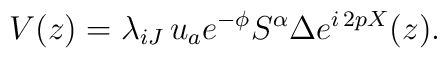
V(z)  = \lambda_{iJ} \,u_a e^{-\phi} {S^\alpha} \Delta e^{i\, 2pX}(z).